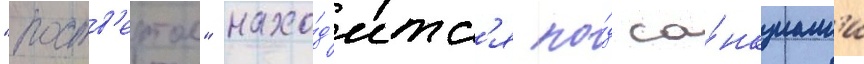
"роств'ертол" нахо́д'итс'я по́д са́нкциам'и